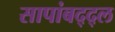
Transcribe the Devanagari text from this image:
सापांबद्द्ल